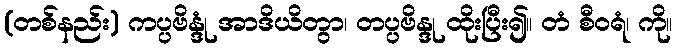
(တစ်နည်း) ကပ္ပဗိန္ဒုံ အာဒိယိတွာ၊ တပ္ပဗိန္ဒု ထိုးပြီး၍။ တံ စီဝရံ၊ ကို။